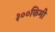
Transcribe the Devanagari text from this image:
३००किमी